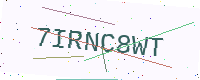
Text: 7IRNC8WT